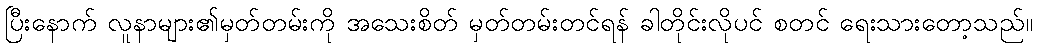
ပြီးနောက် လူနာများ၏မှတ်တမ်းကို အသေးစိတ် မှတ်တမ်းတင်ရန် ခါတိုင်းလိုပင် စတင် ရေးသားတော့သည်။